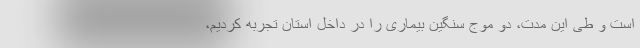
است و طی این مدت، دو موج سنگین بیماری را در داخل استان تجربه کردیم،